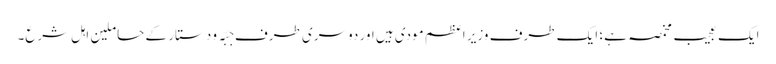
ایک عجیب مخمصہ ہے؛ ایک طرف وزیر اعظم مودی ہیں اور دوسری طرف جبّہ و دستار کے حاملین اہلِ شرع۔